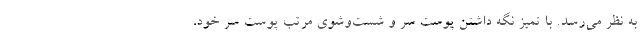
به نظر می­رسد. با تمیز نگه داشتن پوست سر و شست­وشوی مرتب پوست سر خود،